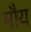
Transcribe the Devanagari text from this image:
मौय